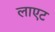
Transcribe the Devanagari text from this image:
लाएट